Report on inoculation in the plague infected areas of the Punjab and its dependencies from October 1900 to September 1901
Year: 1900
Disease focus: Plague
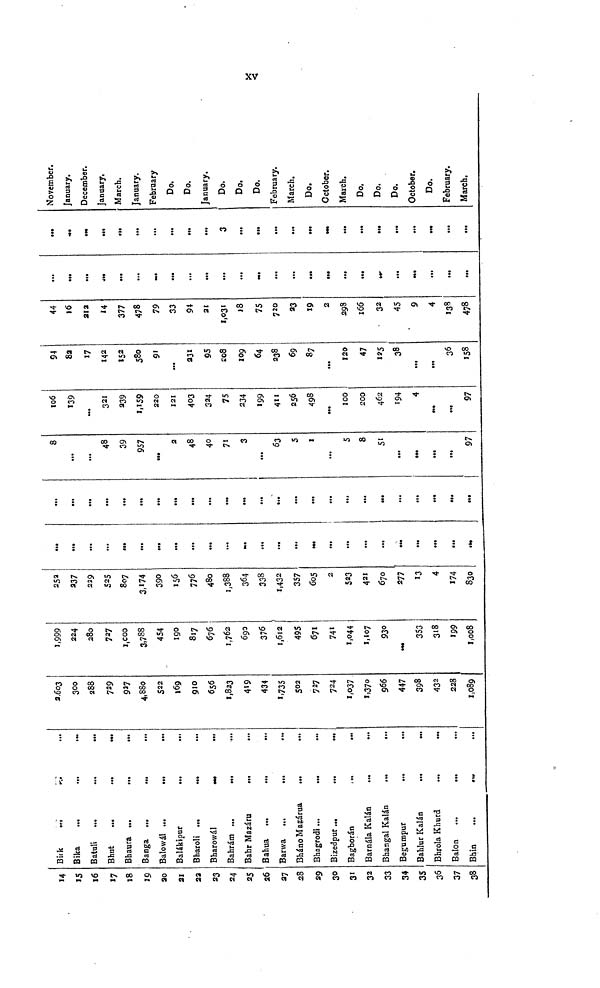
xv
14
15
16
17
18
19
20
21
22
23
24
25
26
27
28
29
30
31
32
33
34
35
36
37
38
Birk
Bika
...
...
Batuli
...
...
...
Bhut
...
...
Bhaura ...
...
...
Banga ...
...
...
Balowál ...
...
...
Balákipur
...
...
Bharoli ...
...
...
Bharowál
Bahrám ...
...
Bahr Mazáru
...
...
Bahua
...
...
Barwa
Bháno Mazárua
Bhagrodi...
...
...
Bizedpur...
...
...
Bagborán
Barnála Kalán
Bhangal Kalán
...
...
Begumpur
...
...
Bahlur Kalán
...
...
Bhrola Khurd
...
...
Balon
...
...
Bhin
2,603
300
288
729
927
4,880
522
169
910
656
1,823
419
434
1,735
502
727
724
1,037
1,370
966
447
398
432
228
1,089
1,999
224
280
727
1,000
3,788
454
190
817
676
1,762
690
376
1,612
495
671
741
1,044
1,107
930
353
318
199
1,008
252
229
525
807
3,174
390
156
776
480
1,388
364
338
1,432
357
605
2
523
421
670
277
13
4
174
830
...
...
...
...
...
...
...
...
...
...
...
...
...
...
...
...
...
...
...
...
...
...
...
...
...
...
...
...
...
...
...
...
...
...
...
...
...
8
...
...
48
39
957
...
2
48
40
71
3
...
63
5
1
...
5
8
51
...
...
...
97
106
139
321
239
1,159
220
121
403
324
75
234
199
411
256
498
100
200
462
194
4
97
94
82
17
142
152
580
91
...
231
95
208
109
64
238
69
87
...
120
47
125
38
...
36
158
44
16
212
14
377
478
79
33
94
21
1,031
18
75
720
23
19
2
298
166
32
45
9
4
138
478
...
...
...
...
...
...
...
...
...
...
...
...
...
...
...
...
...
...
...
...
...
...
...
...
3
...
...
...
...
...
...
...
...
...
...
...
...
November.
January.
December.
January.
March.
January.
February
Do.
Do.
January.
Do.
Do.
Do.
February.
March.
Do.
October.
March.
Do.
Do.
Do.
October.
Do.
February.
March.